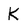
Character: K